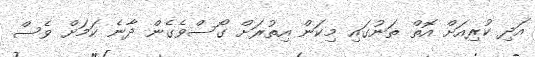
އަދި ކުރިއަށް އޮތް ތަނުގައި މިކަން އިތުރަށް ގޯސްވެގެން ދާނެ ކަމަށް ވެސް